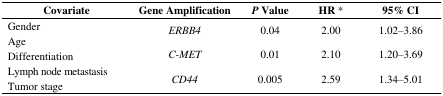
| Covariate | Gene Amplification | P Value | HR * | 95% CI |
 | --- | --- | --- | --- | --- |
 | Gender | <ROWSPAN=2> ERBB4 | <ROWSPAN=2> 0.04 | <ROWSPAN=2> 2.00 | <ROWSPAN=2> 1.02–3.86 |
 | Age |
 | Differentiation | C-MET | 0.01 | 2.10 | 1.20–3.69 |
 | Lymph node metastasis | <ROWSPAN=2> CD44 | <ROWSPAN=2> 0.005 | <ROWSPAN=2> 2.59 | <ROWSPAN=2> 1.34–5.01 |
 | Tumor stage |